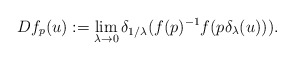
\begin{align*} Df_p(u) := \lim_{\lambda \to 0} \delta_{1/\lambda}( f(p)^{-1} f(p\delta_\lambda(u))).\end{align*}